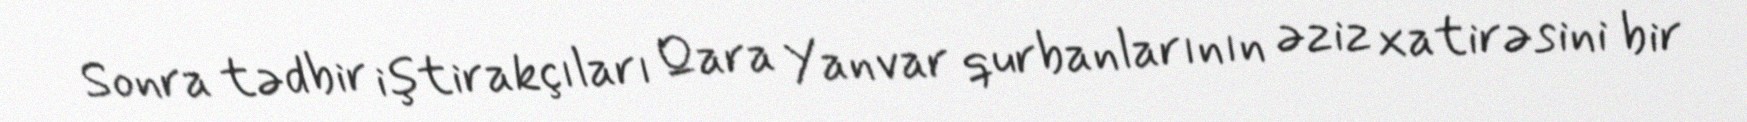
Sonra tədbir iştirakçıları Qara Yanvar qurbanlarının əziz xatirəsini bir